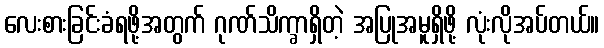
လေးစားခြင်းခံရဖို့အတွက် ဂုဏ်သိက္ခာရှိတဲ့ အပြုအမူရှိဖို့ လုံးလိုအပ်တယ်။